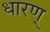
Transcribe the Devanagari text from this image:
धारण्